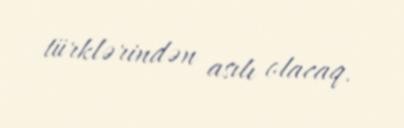
türklərindən asılı olacaq.